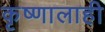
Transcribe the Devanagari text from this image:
कृष्णालाही